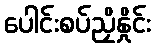
ပေါင်းစပ်ညှိနှိုင်း